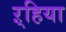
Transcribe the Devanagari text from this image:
ऱ्हिया